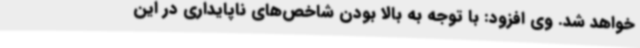
خواهد شد. وی افزود: با توجه به بالا بودن شاخص‌های ناپایداری در این